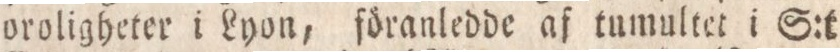
oroligheter i Lyon, föranledde af tumultet i S:t